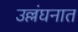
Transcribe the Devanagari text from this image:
उल्लंघनात